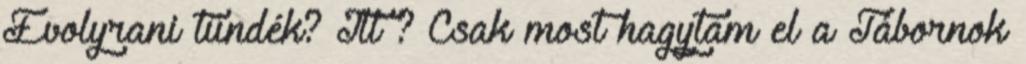
Evolyrani tündék? Itt ? Csak most hagytam el a Tábornok